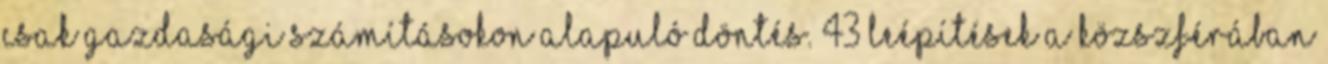
csak gazdasági számításokon alapuló döntés. 43 Leépítések a közszférában